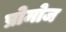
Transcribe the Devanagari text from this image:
प्रोमोज